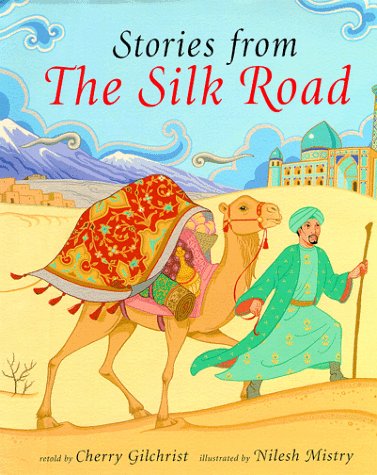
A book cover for Stories from the Silk Road; Cherry Gilchrist; Children's Books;